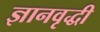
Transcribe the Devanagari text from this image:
ज्ञानवृद्धी